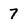
Character: 7